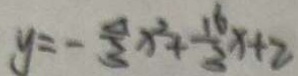
y = - \frac { 4 } { 3 } x ^ { 2 } + \frac { 1 6 } { 3 } x + 2